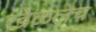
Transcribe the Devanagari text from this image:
खेळलेच